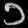
Digit: ၁